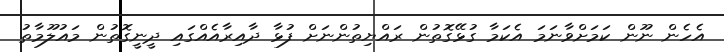
އެހެން ނޫން ކަމަށްވާނަމަ އެކަމާ ގުޅޭގޮތުން ރައްޔިތުންނަށް ފުޅާ ދާއިރާއެއްގައި ދީނީގޮތުން މައުލޫމާތު